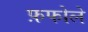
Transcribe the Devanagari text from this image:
फ़फोले